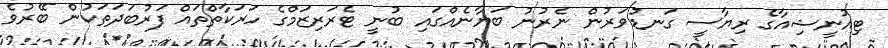
ޓިއުނީޝިއާގެ ރިޔާސީ ގަނޑުވަރުން ނެރުނު ބަޔާނެއްގައި ބުނީ ޓެރަރިޒަމްގެ ހަރަކާތްތައް ފަރުބަދަތަކުން ބޭރުވެ